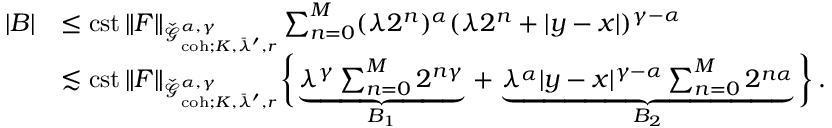
\begin{array} { r l } { | B | } & { \le \mathrm { c s t } \, \| F \| _ { \check { \mathcal { G } } _ { \mathrm { c o h } ; K , \bar { \lambda } ^ { \prime } , r } ^ { \alpha , \gamma } } \sum _ { n = 0 } ^ { M } ( \lambda 2 ^ { n } ) ^ { \alpha } ( \lambda 2 ^ { n } + | y - x | ) ^ { \gamma - \alpha } } \\ & { \lesssim \mathrm { c s t } \, \| F \| _ { \check { \mathcal { G } } _ { \mathrm { c o h } ; K , \bar { \lambda } ^ { \prime } , r } ^ { \alpha , \gamma } } \bigg \{ \underbrace { \lambda ^ { \gamma } \sum _ { n = 0 } ^ { M } 2 ^ { n \gamma } } _ { B _ { 1 } } \, + \, \underbrace { \lambda ^ { \alpha } | y - x | ^ { \gamma - \alpha } \sum _ { n = 0 } ^ { M } 2 ^ { n \alpha } } _ { B _ { 2 } } \bigg \} \, . } \end{array}